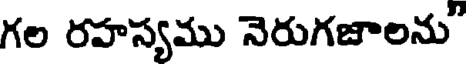
గల రహస్యము నెరుగజాలను"